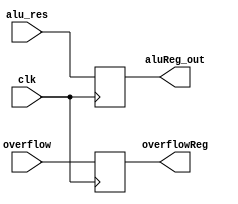
module aluReg(clk, alu_res, aluReg_out, overflow, overflowReg);
  input clk;
  input [31:0] alu_res;
  input overflow;
  output reg [31:0] aluReg_out;
  output reg overflowReg;
  
  always@(posedge clk)
  begin
    aluReg_out <= alu_res;
    overflowReg <= overflow;
  end
  
endmodule